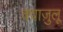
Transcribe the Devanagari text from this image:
क्वाज़ुलू